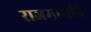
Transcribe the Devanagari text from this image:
राजमार्गानें